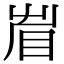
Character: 𥅱